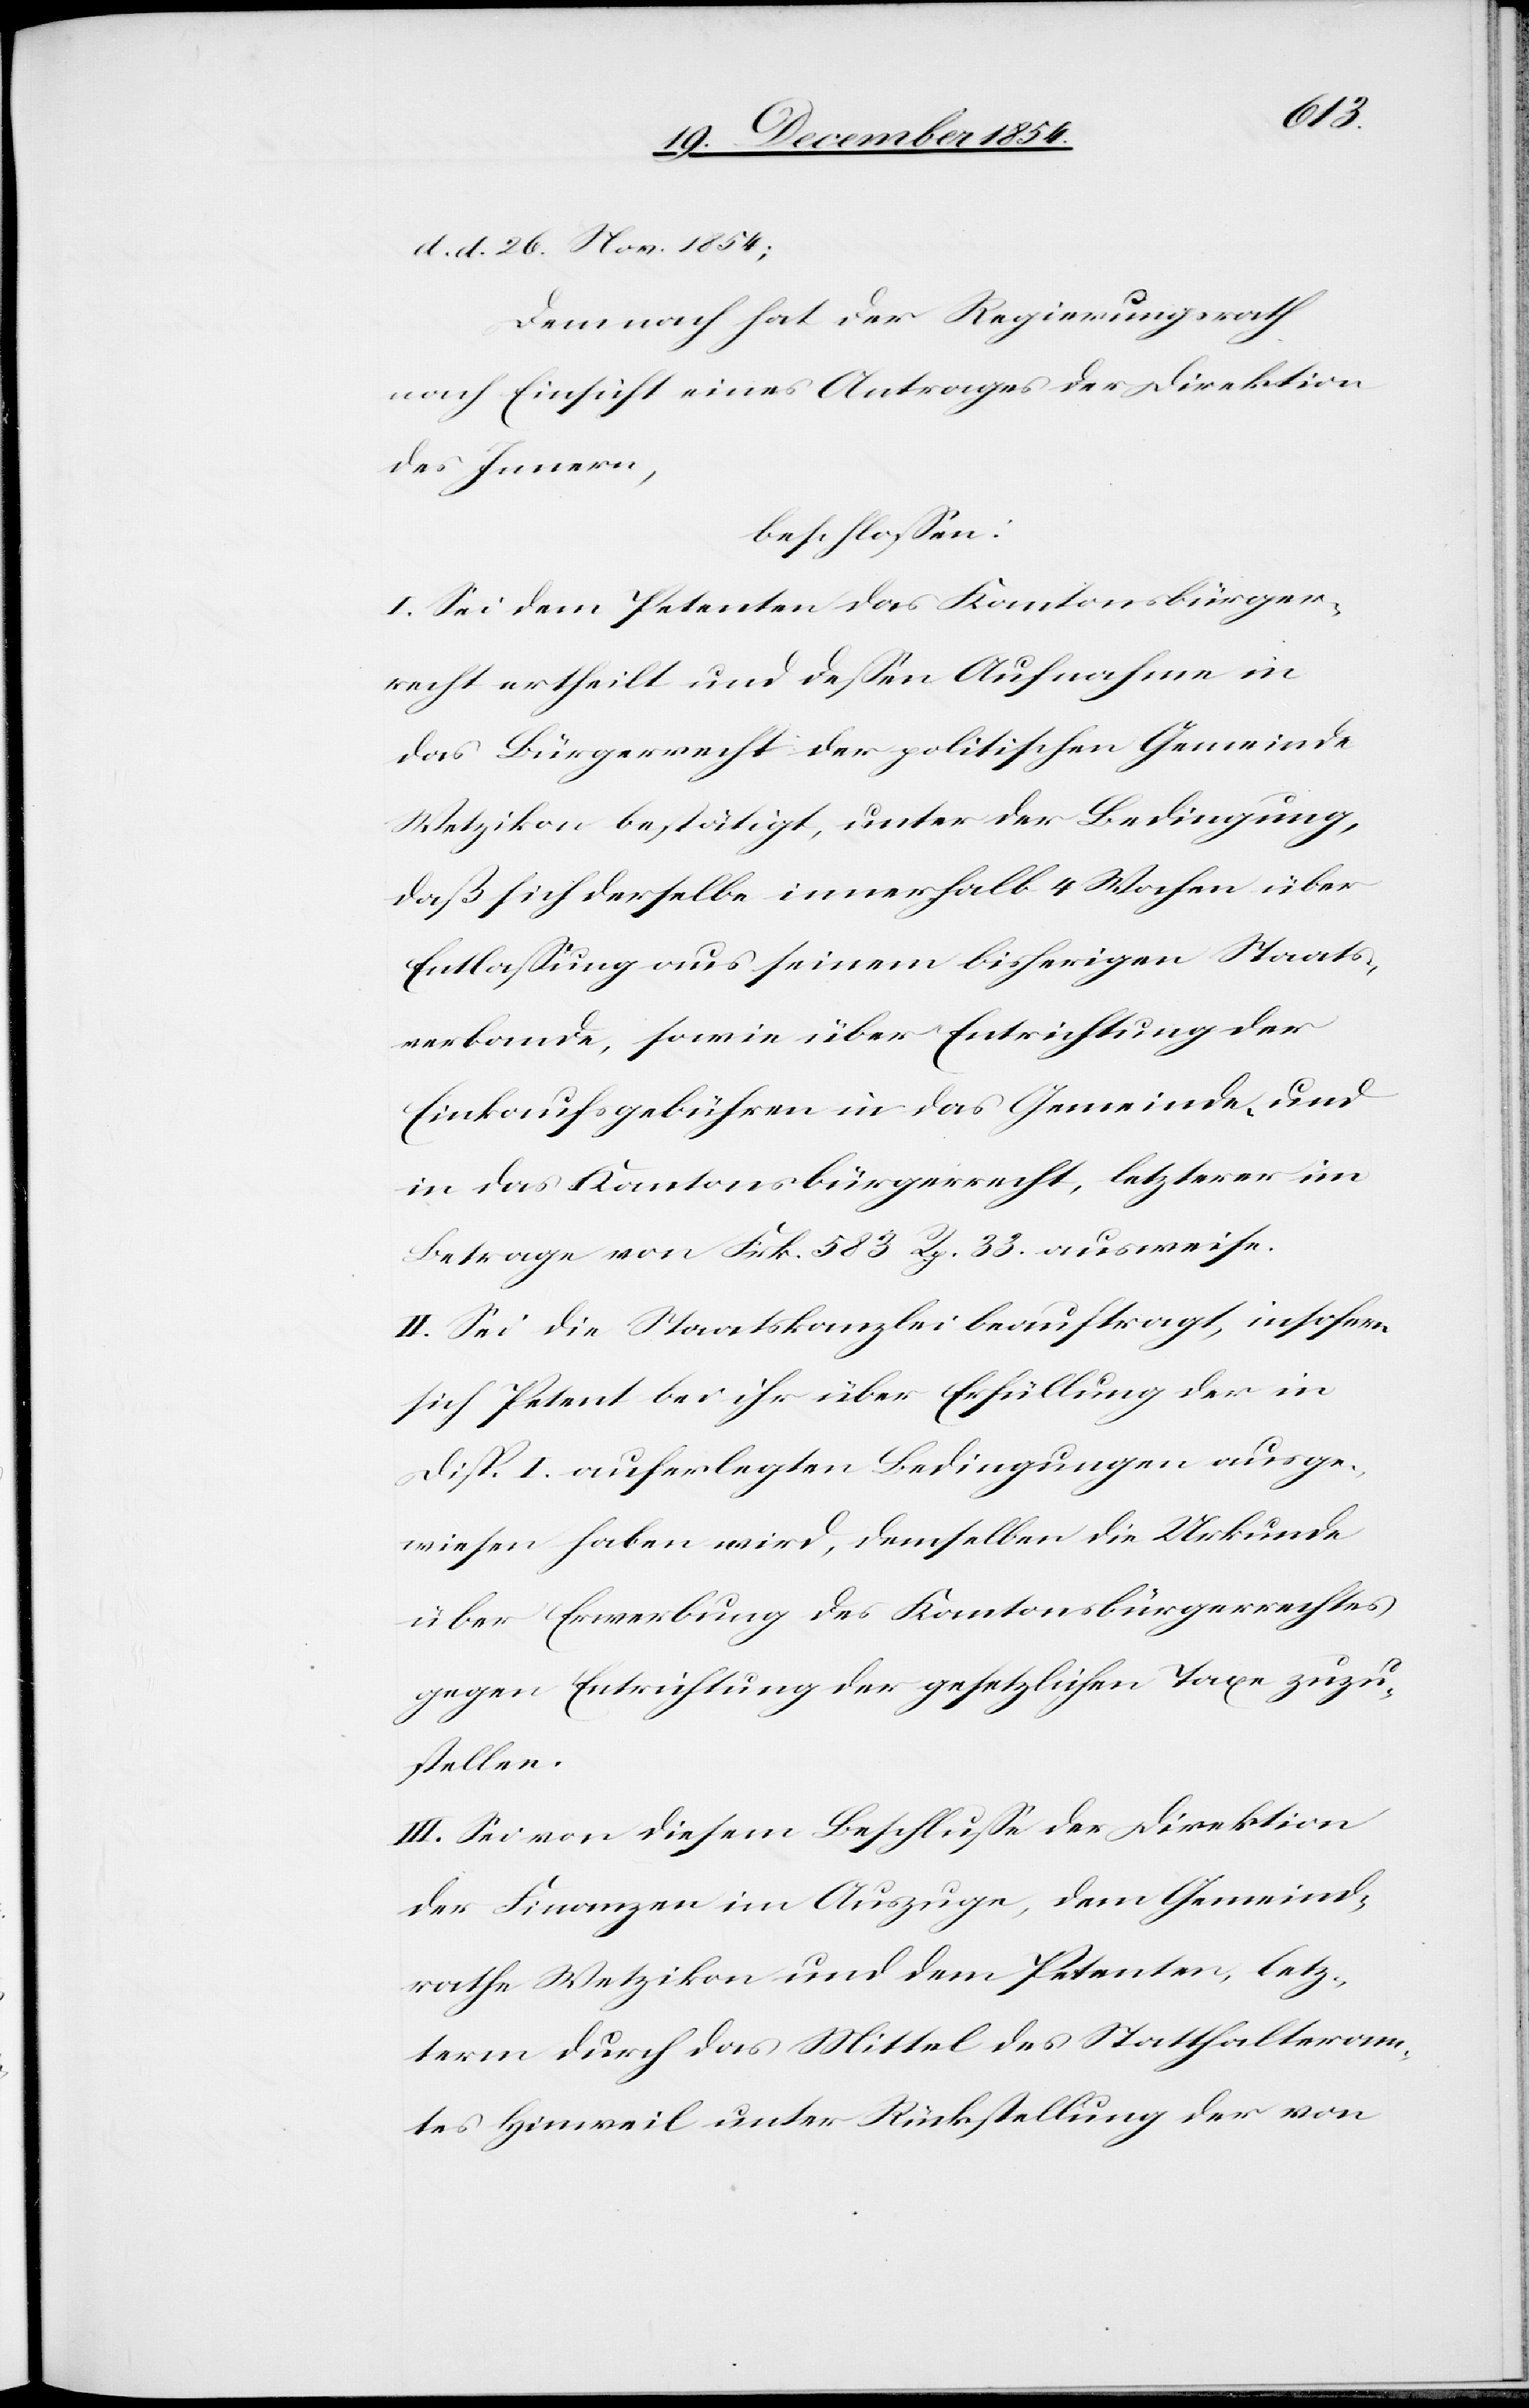
d. d. 26. Nov. 1854;
demnach hat der Regierungsrath
nach Einsicht eines Antrages der Direktion
des Innern,
beschloßen:
I. Sei dem Petenten das Kantonsbürger¬
recht ertheilt und deßen Aufnahme in
das Bürgerrecht der politischen Gemeinde
Wetzikon bestätigt, unter der Bedingung,
daß sich derselbe innerhalb 4 Wochen über
Entlaßung aus seinem bisherigen Staats¬
verbande, sowie über Entrichtung der
Einkaufsgebühren in das Gemeinde- und
in das Kantonsbürgerrecht, letzterer im
Betrage von Frk. 583 Rp. 33. ausweise.
II. Sei die Staatskanzlei beauftragt, insofern
sich Petent bei ihr über Erfüllung der in
Disp. I. auferlegten Bedingungen ausge¬
wiesen haben wird, demselben die Urkunde
über Erwerbung des Kantonsbürgerrechtes
gegen Entrichtung der gesetzlichen Taxe zuzu¬
stellen.
III. Sei von diesem Beschluße der Direktion
der Finanzen im Auszuge, dem Gemeind¬
rathe Wetzikon und dem Petenten, letz¬
term durch das Mittel des Statthalteram¬
tes Hinweil unter Rückstellung der von